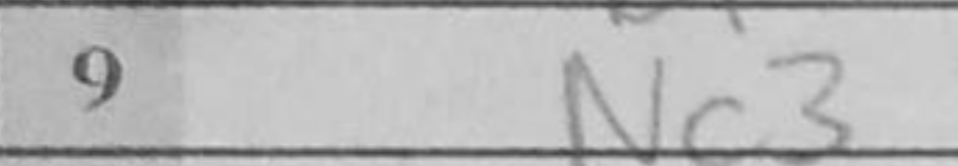
Transcription: Nc3